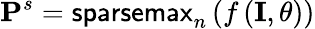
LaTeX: \mathbf{P}^{s}=\textsf{sparsemax}_{n}\left(f\left(\mathbf{I},\theta\right)\right)